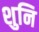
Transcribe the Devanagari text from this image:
शुनि